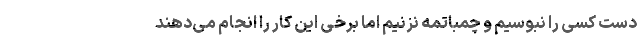
دست کسی را نبوسیم و چمباتمه نزنیم اما برخی این کار را انجام می‌دهند